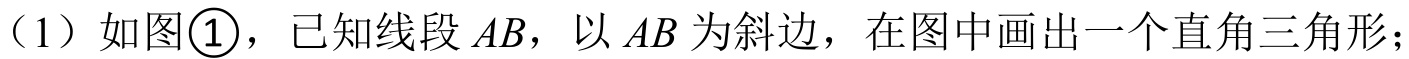
（1）如图\textcircled{1}，已知线段$AB$，以$AB$为斜边，在图中画出一个直角三角形；